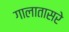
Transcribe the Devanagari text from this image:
गालातासरे